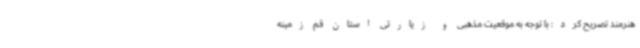
هنرمند تصریح کرد: با توجه به موقعیت مذهبی و زیارتی استان قم زمینه